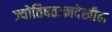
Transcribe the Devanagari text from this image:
ज्योतिषतज्ज्ञदेखील